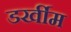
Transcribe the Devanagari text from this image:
डर्खीम